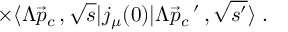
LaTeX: \times \langle \Lambda \vec { p } _ { c } \, , \sqrt { s } | j _ { \mu } ( 0 ) | \Lambda \vec { p } _ { c } \, ^ { \prime } \, , \sqrt { s ^ { \prime } } \rangle \; .